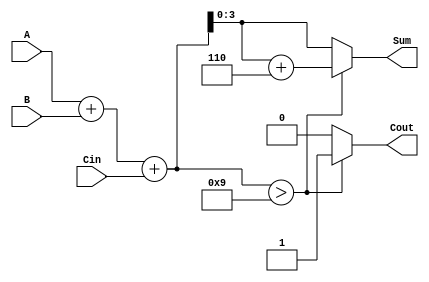
module BCD_Adder (
    input  wire [3:0] A,    // First BCD digit (0 to 9)
    input  wire [3:0] B,    // Second BCD digit (0 to 9)
    input  wire Cin,        // Carry input
    output reg  [3:0] Sum,  // Resulting BCD digit
    output reg  Cout        // Carry output
);

    wire [4:0] binary_sum;  // 5-bit binary sum to accommodate carry
    wire correction_needed;   // Flag for BCD correction

    // Step 1: Compute binary sum of A, B, and Cin
    assign binary_sum = A + B + Cin;

    // Step 2: Check if correction is needed
    assign correction_needed = (binary_sum > 5'd9);

    always @(*) begin
        if (correction_needed) begin
            // Apply BCD correction by adding 6 (0110)
            Sum = binary_sum + 5'd6;
            Cout = 1;  // Set carry out
        end else begin
            Sum = binary_sum[3:0]; // Use lower 4 bits if no correction needed
            Cout = 0;  // No carry out
        end
    end

endmodule